Report of the Hyderabad Chloroform Commission
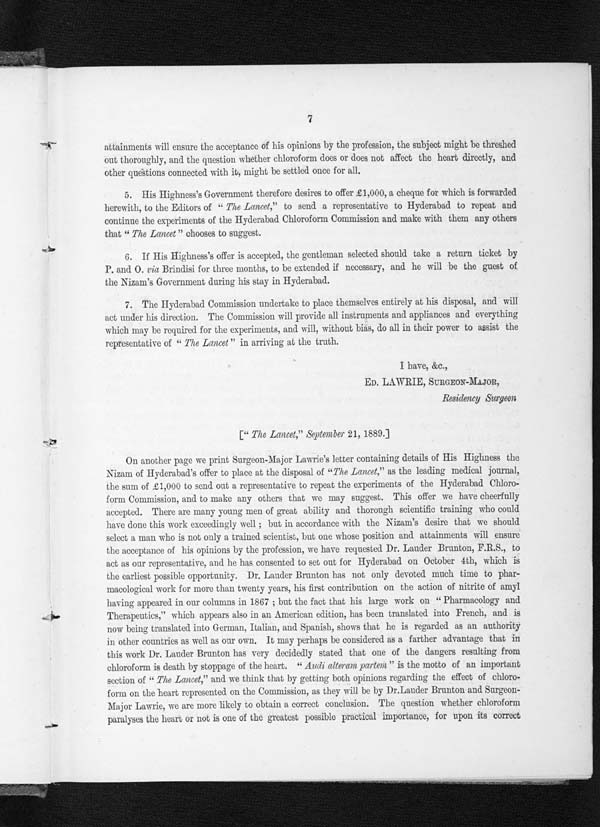
7
attainments will ensure the acceptance of his opinions by the profession, the subject might be threshed
out thoroughly, and the question whether chloroform does or does not affect the heart directly, and
other questions connected with it, might be settled once for all.
5. His Highness's Government therefore desires to offer £1,000, a cheque for which is forwarded
herewith, to the Editors of " The Lancet," to send a representative to Hyderabad to repeat and
continue the experiments of the Hyderabad Chloroform Commission and make with them any others
that " The Lancet" chooses to suggest.
6. If His Highness's offer is accepted, the gentleman selected should take a return ticket by
P. and O. via Brindisi for three months, to be extended if necessary, and he will be the guest of
the Nizam's Government during his stay in Hyderabad.
7. The Hyderabad Commission undertake to place themselves entirely at his disposal, and will
act under his direction. The Commission will provide all instruments and appliances and everything
which may be required for the experiments, and will, without bias, do all in their power to assist the
representative of " The Lancet" in arriving at the truth.
I have, &amp;c.,
ED. LAWRIE, SURGEON-MAJOR,
Residency Surgeon
[" The Lancet," September 21, 1889.]
On another page we print Surgeon-Major Lawrie's letter containing details of His Highness the
Nizam of Hyderabad's offer to place at the disposal of " The Lancet," as the leading medical journal,
the sum of £1,000 to send out a representative to repeat the experiments of the Hyderabad Chloro-
form Commission, and to make any others that we may suggest. This offer we have cheerfully
accepted. There are many young men of great ability and thorough scientific training who could
have done this work exceedingly well ; but in accordance with the Nizam's desire that we should
select a man who is not only a trained scientist, but one whose position and attainments will ensure
the acceptance of his opinions by the profession, we have requested Dr. Lauder Brunton, F.R.S., to
act as our representative, and he has consented to set out for Hyderabad on October 4th, which is
the earliest possible opportunity. Dr. Lauder Brunton has not only devoted much time to phar-
macological work for more than twenty years, his first contribution on the action of nitrite of amyl
having appeared in our columns in 1867 ; but the fact that his large work on " Pharmacology and
Therapeutics," which appears also in an American edition, has been translated into French, and is
now being translated into German, Italian, and Spanish, shows that he is regarded as an authority
in other countries as well as our own. It may perhaps be considered as a farther advantage that in
this work Dr. Lauder Brunton has very decidedly stated that one of the dangers resulting from
chloroform is death by stoppage of the heart. " Audi alteram partem" is the motto of an important
section of " The Lancet," and we think that by getting both opinions regarding the effect of chloro-
form on the heart represented on the Commission, as they will be by Dr.Lauder Brunton and Surgeon-
Major Lawrie, we are more likely to obtain a correct conclusion, The question whether chloroform
paralyses the heart or not is one of the greatest possible practical importance, for upon its correct